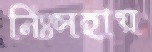
নিঃসহায়